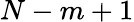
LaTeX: N-m+1